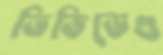
ডিভিডেণ্ড